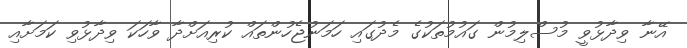
އޭނާ ވިދާޅުވީ މުސްލިމުން ގައުމުތަކުގެ މެދުގައި ހަމަނުޖެހުންތައް ކުރިއަށްދާ ވާހަކަ ވިދާޅުވި ކަމަށާއި